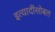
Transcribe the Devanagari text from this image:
इत्यादींसोबत